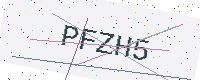
Text: PFZH5